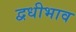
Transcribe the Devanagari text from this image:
द्वधीभाव